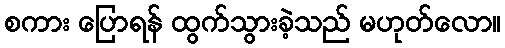
စကား ပြောရန် ထွက်သွားခဲ့သည် မဟုတ်လော။